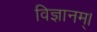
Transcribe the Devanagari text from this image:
विज्ञानम्।